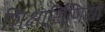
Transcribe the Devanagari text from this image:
शिक्षार्थिणियों